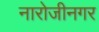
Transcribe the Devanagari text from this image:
नारोजीनगर